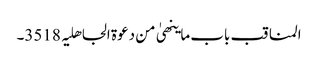
المناقب باب ما ینھیٰ من دعوۃ الجاھلیہ 3518۔